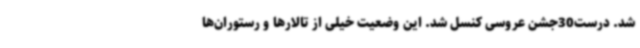
شد. درست30جشن عروسی کنسل شد. این وضعیت خیلی از تالارها و رستوران‌ها